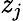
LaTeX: \mathit{z}_{j}